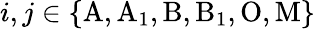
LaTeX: i,j\in\{ \mathrm{A,A_{1},B,B_{1},O,M}\}